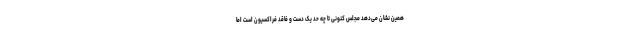
همین نشان می‌دهد مجلس کنونی تا چه حد یک دست و فاقد فراکسیون است اما